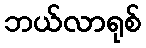
ဘယ်လာရုစ်